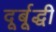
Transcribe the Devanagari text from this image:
दूर्बूद्धी